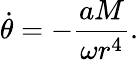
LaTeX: \dot{\theta}=-\frac{aM}{\omega r^{4}}.